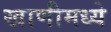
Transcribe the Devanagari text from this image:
खाणीमध्ये